Bréfritari: Soffía Daníelsdóttir
Viðtakandi: Jakobína Magnúsdóttir og Daníel Halldórsson
Dagsetning: A-1900-XX-XX
Skrifað á: Skeggjastöðum  N-Múl.
Soffía var dóttir Jakobínu og Daníels

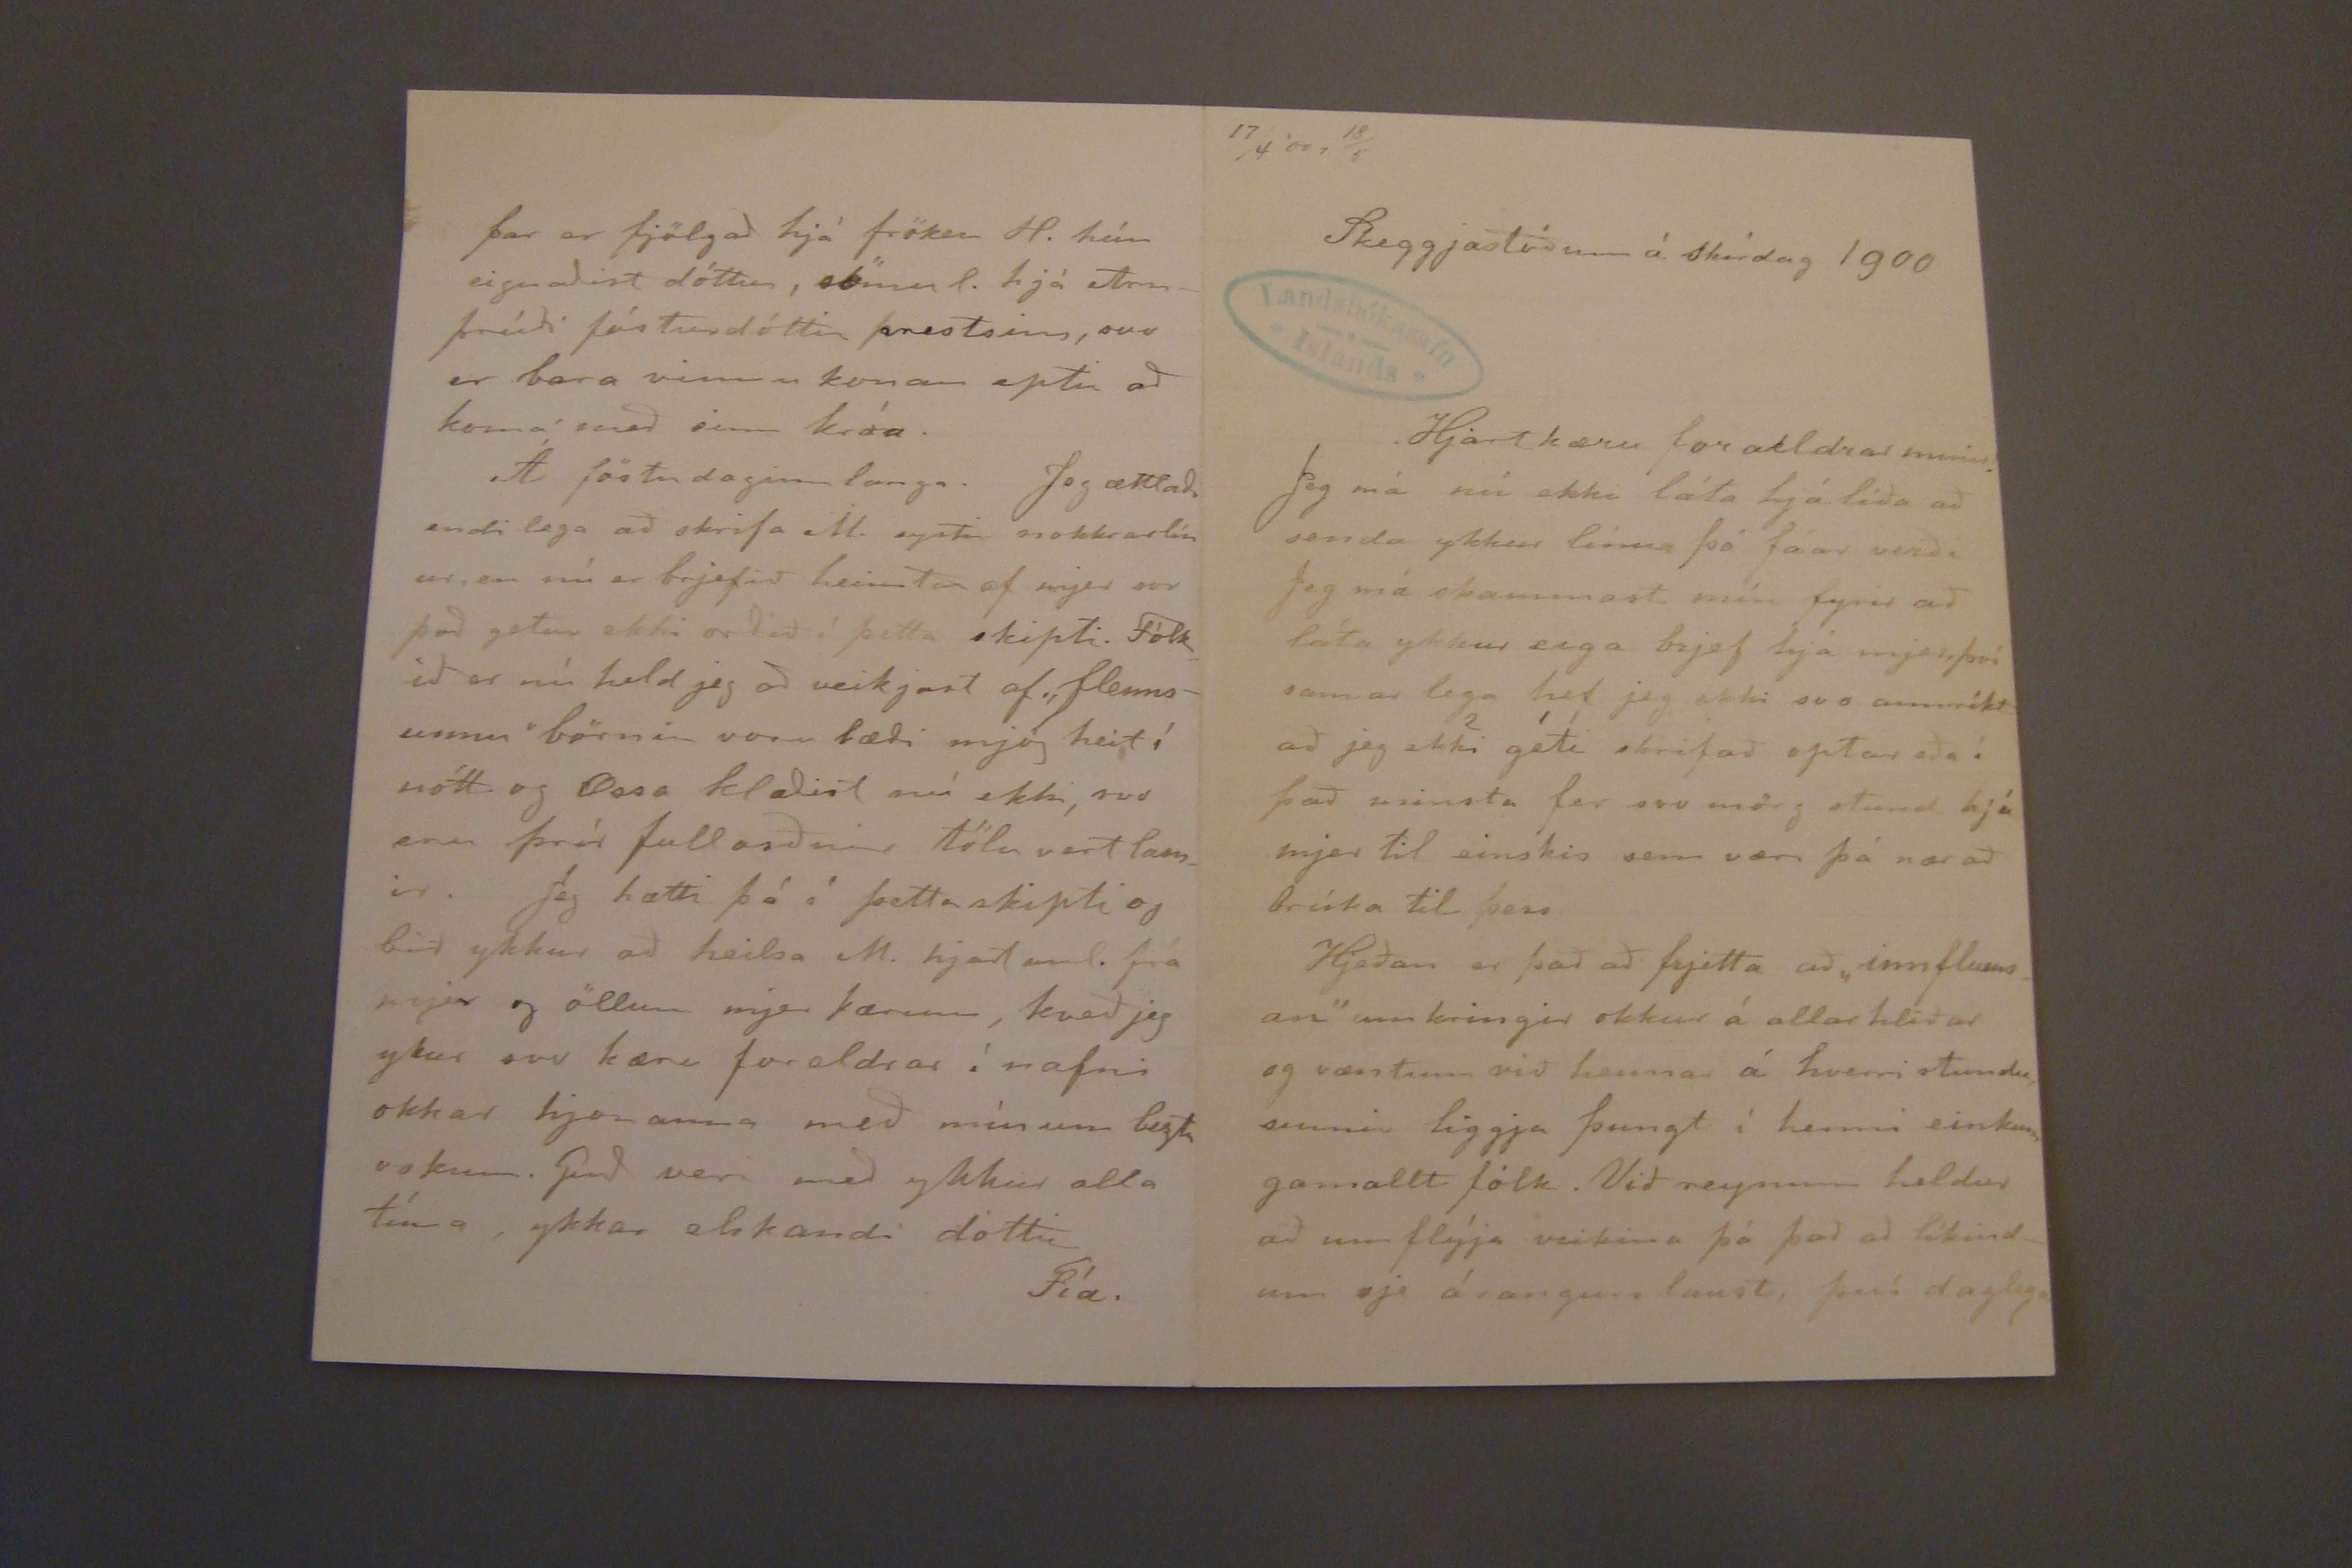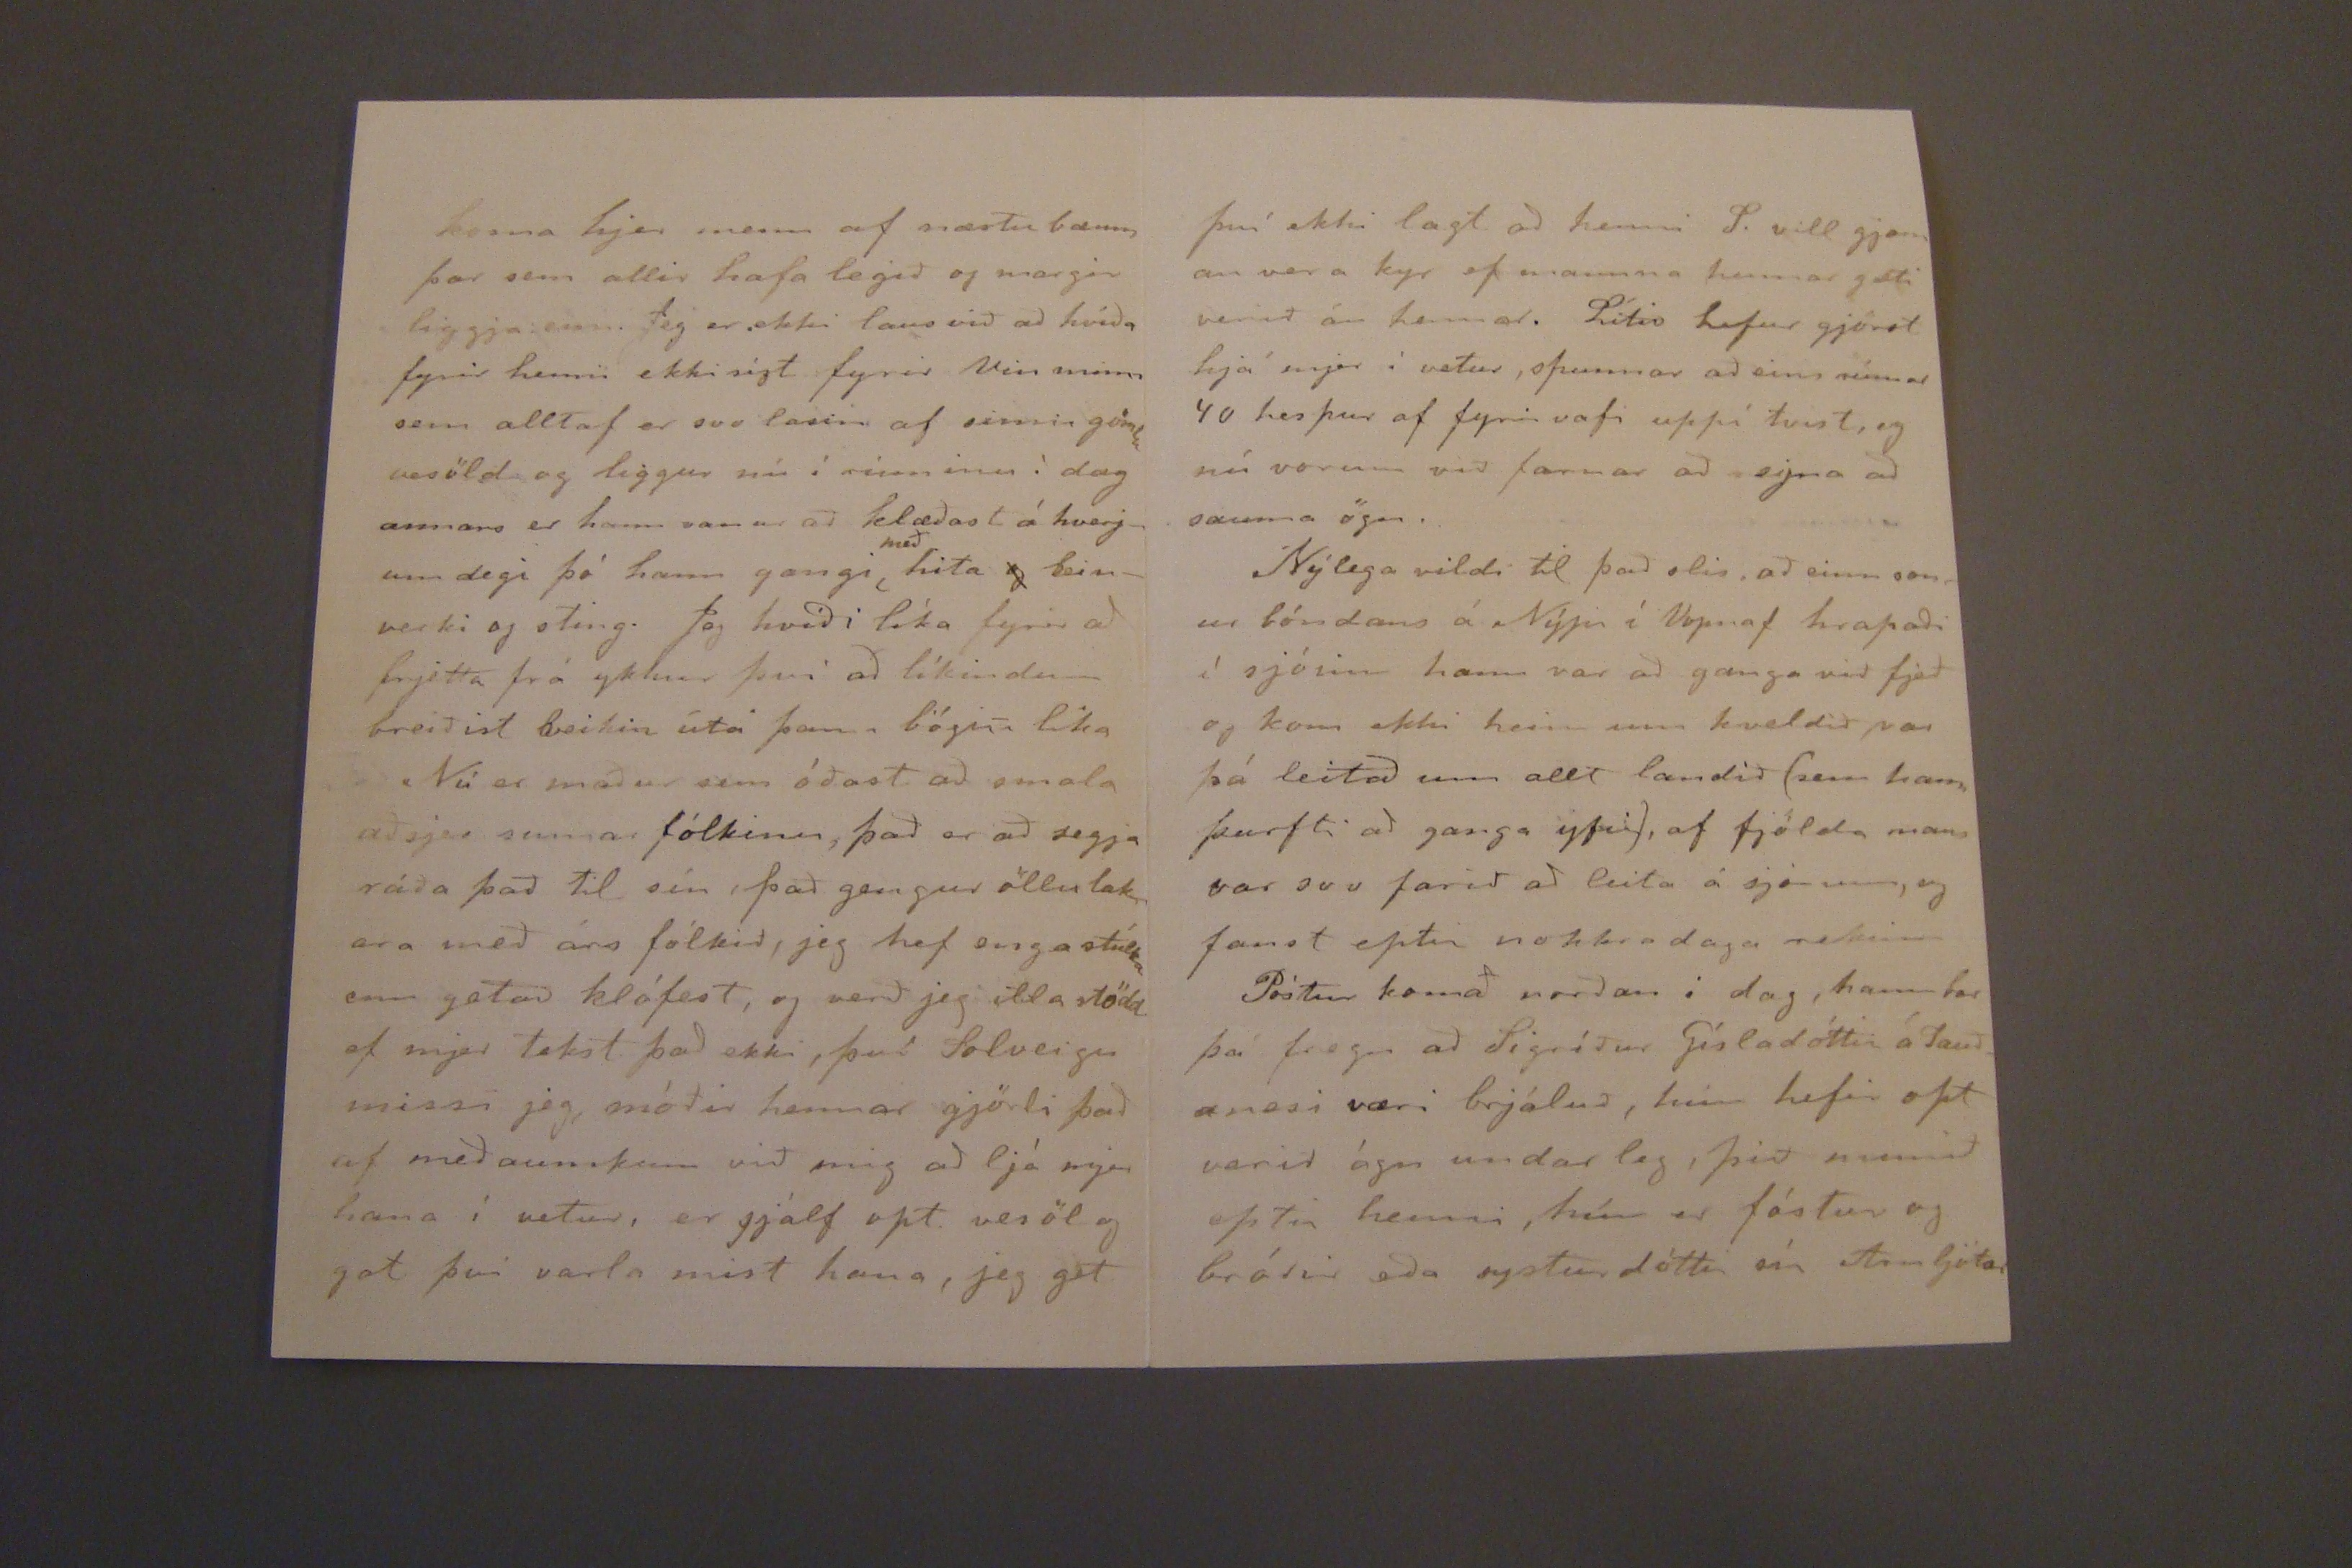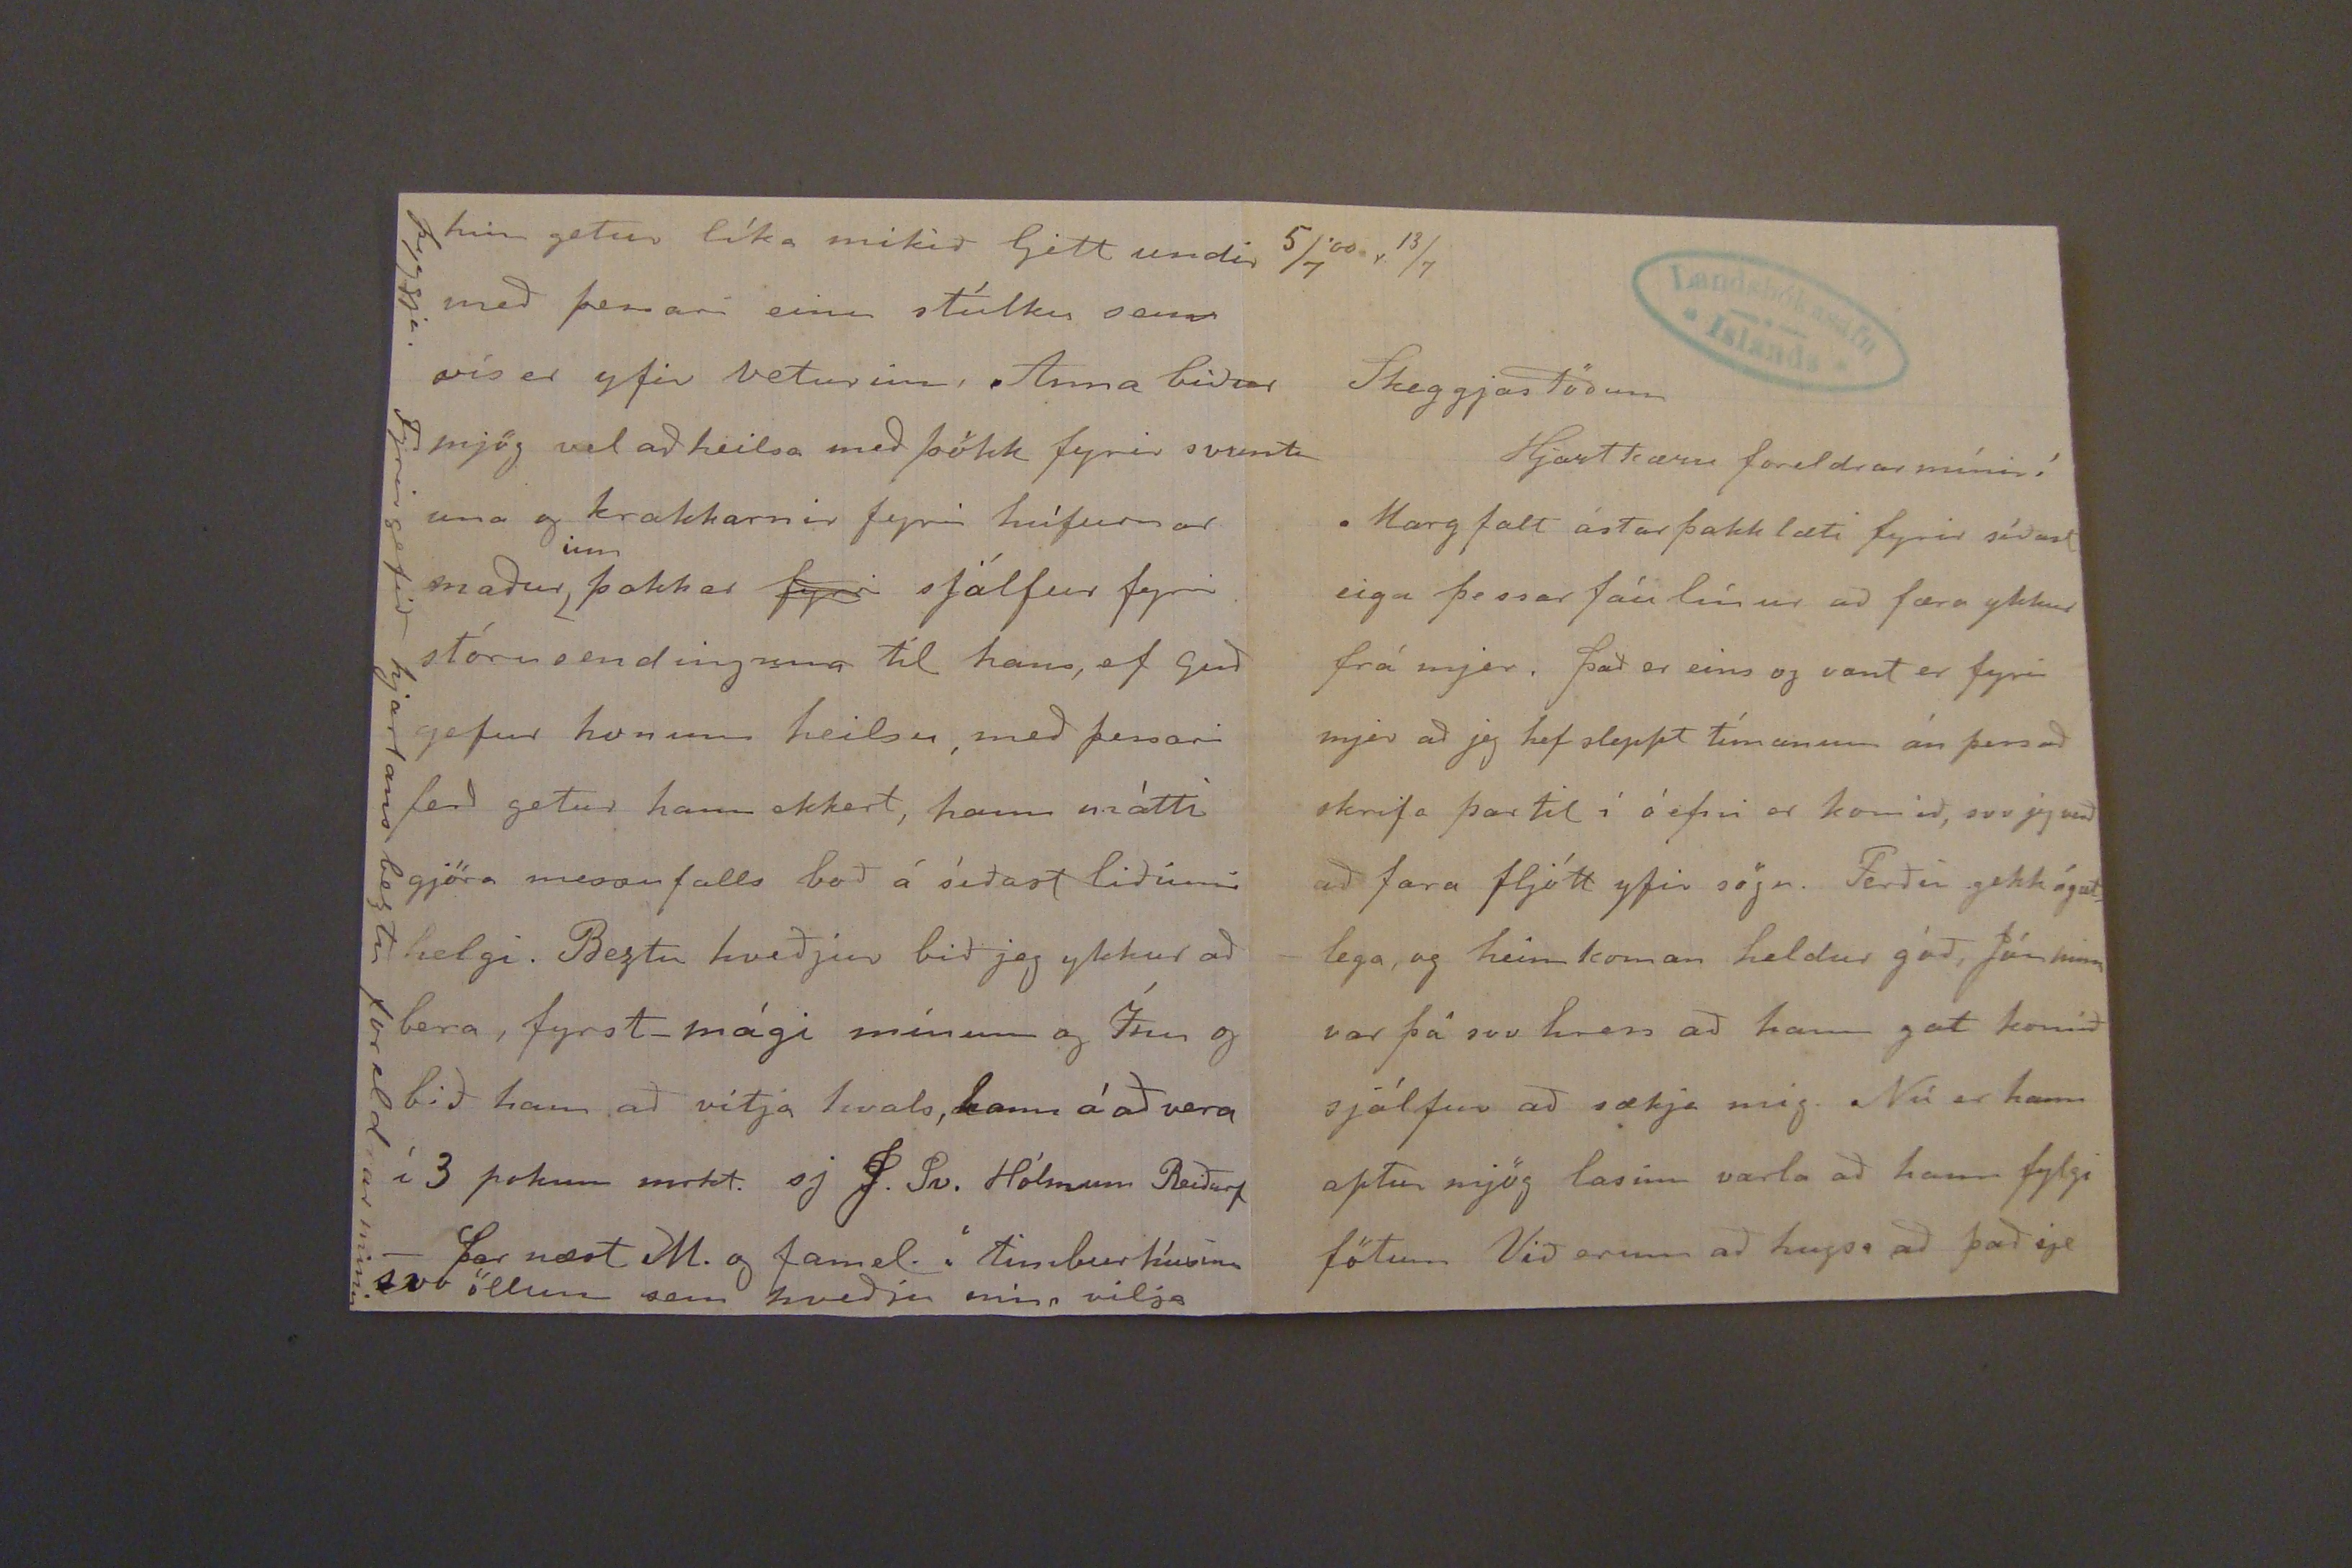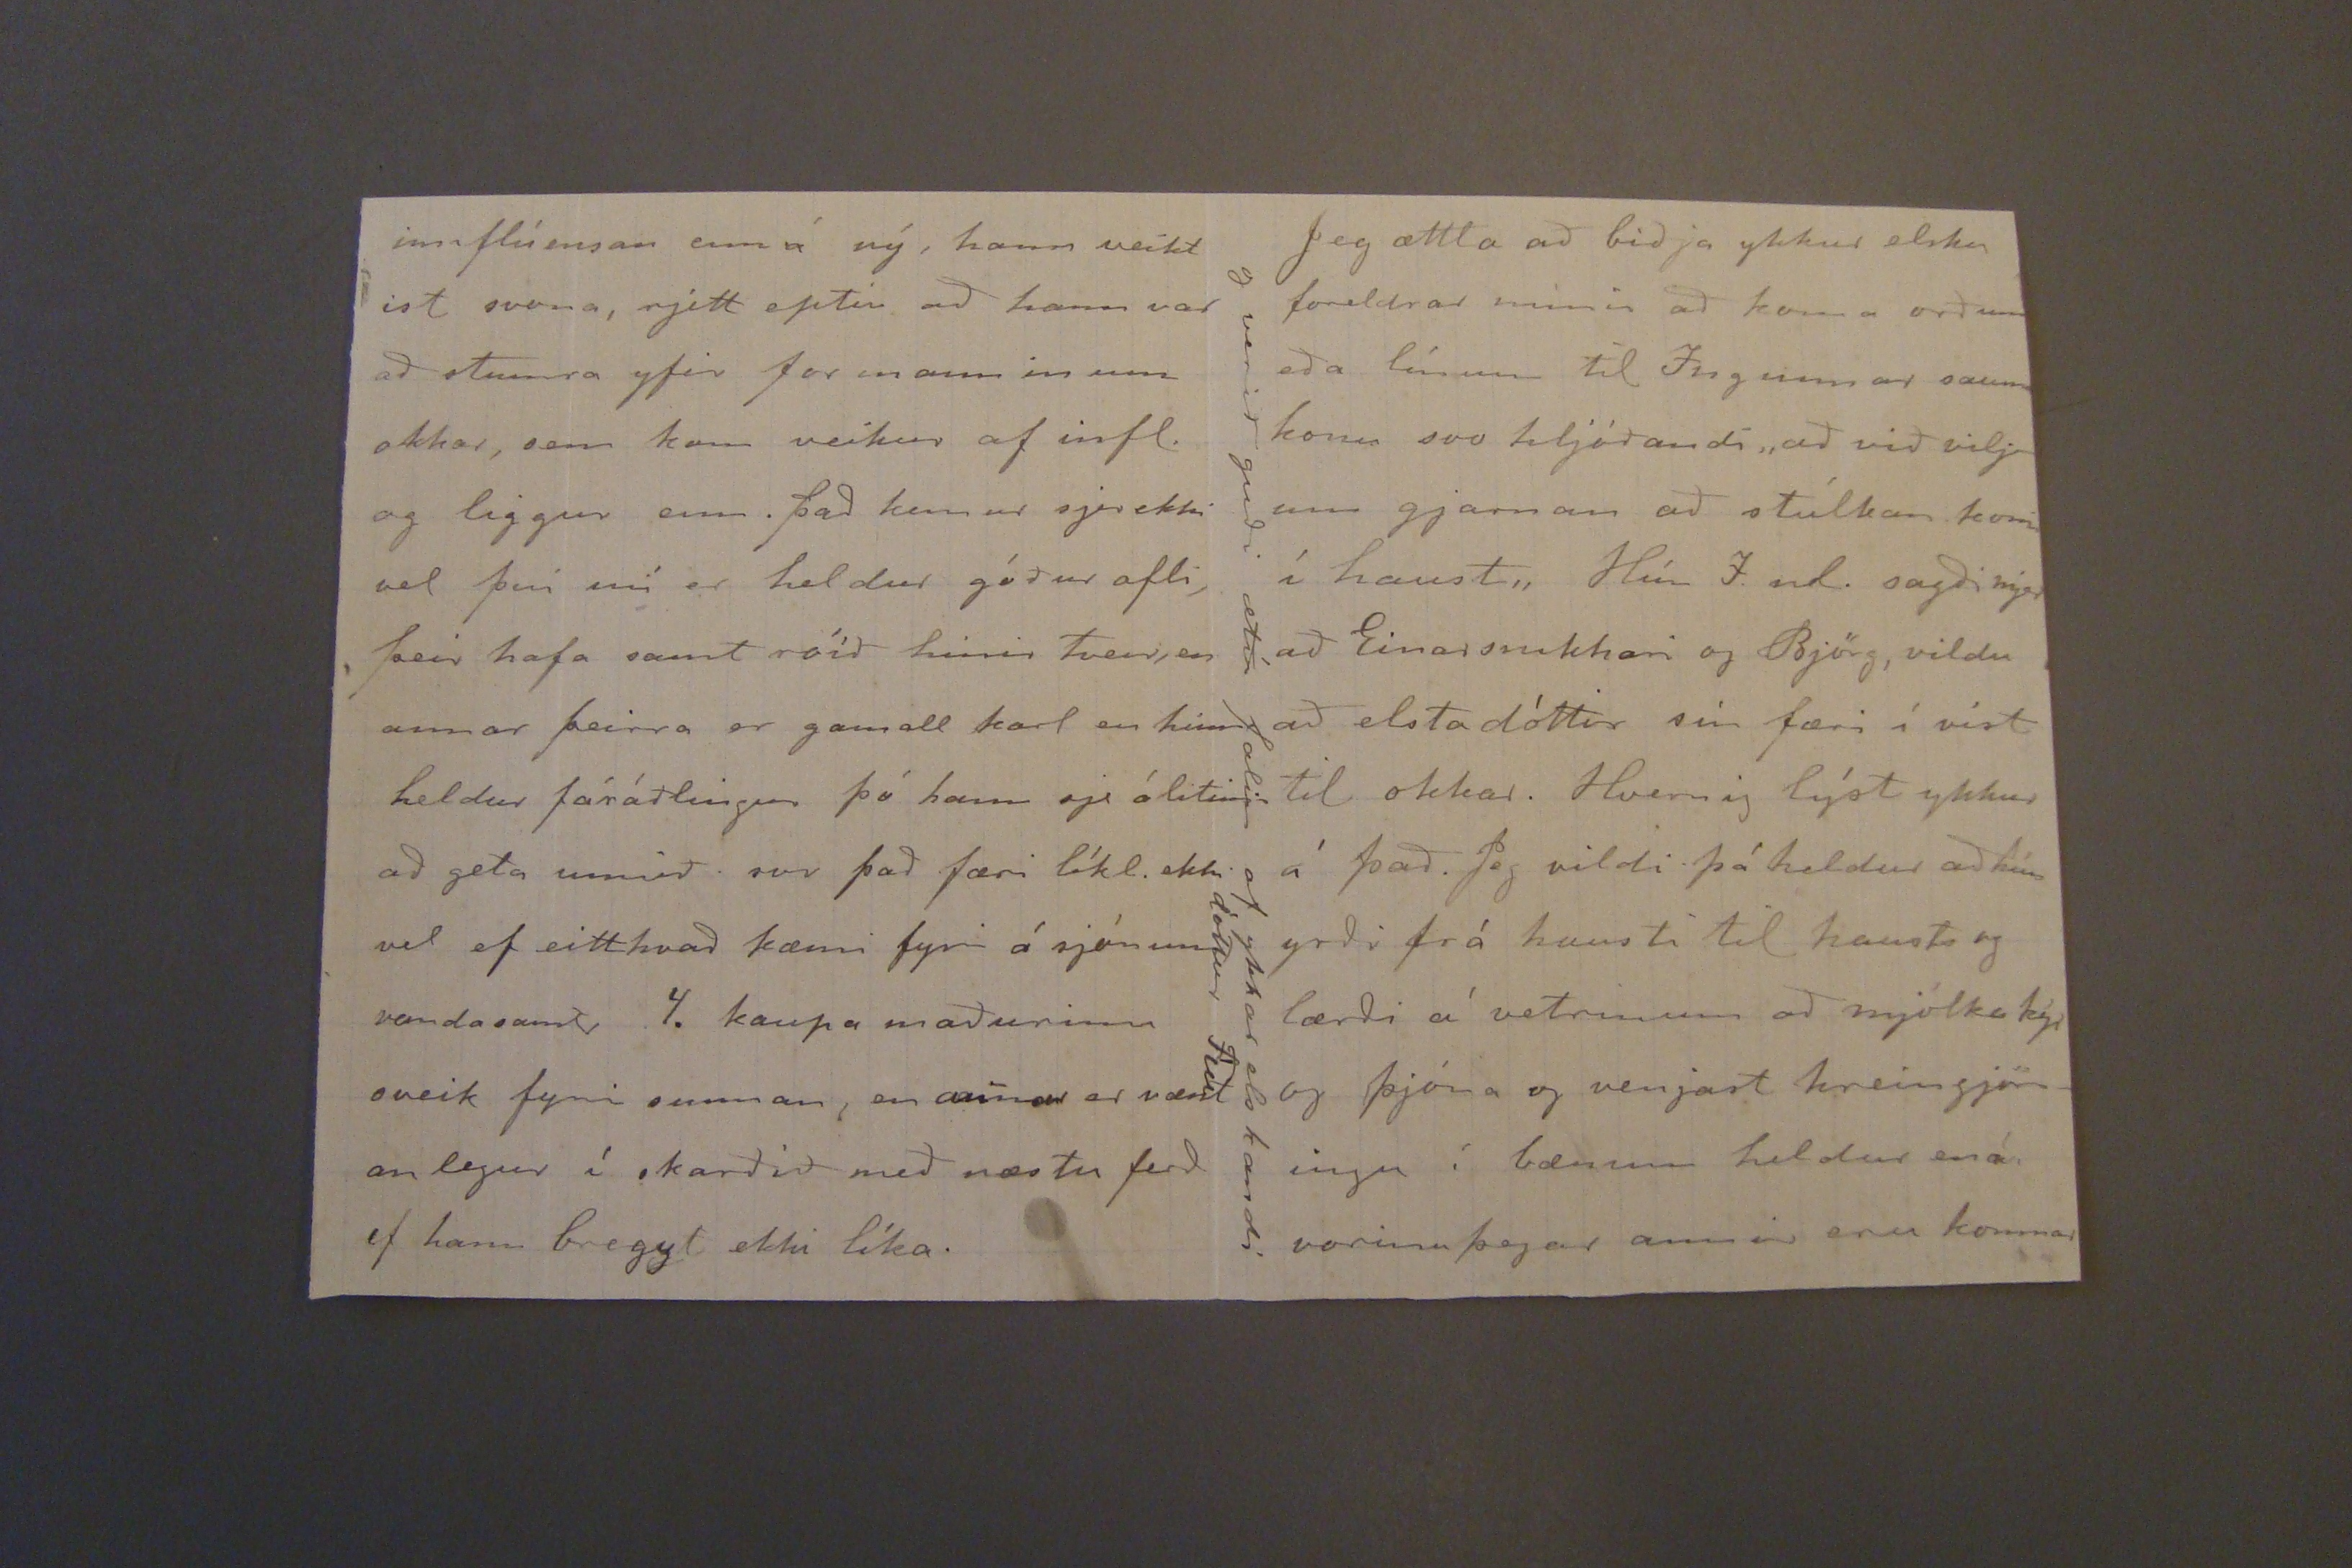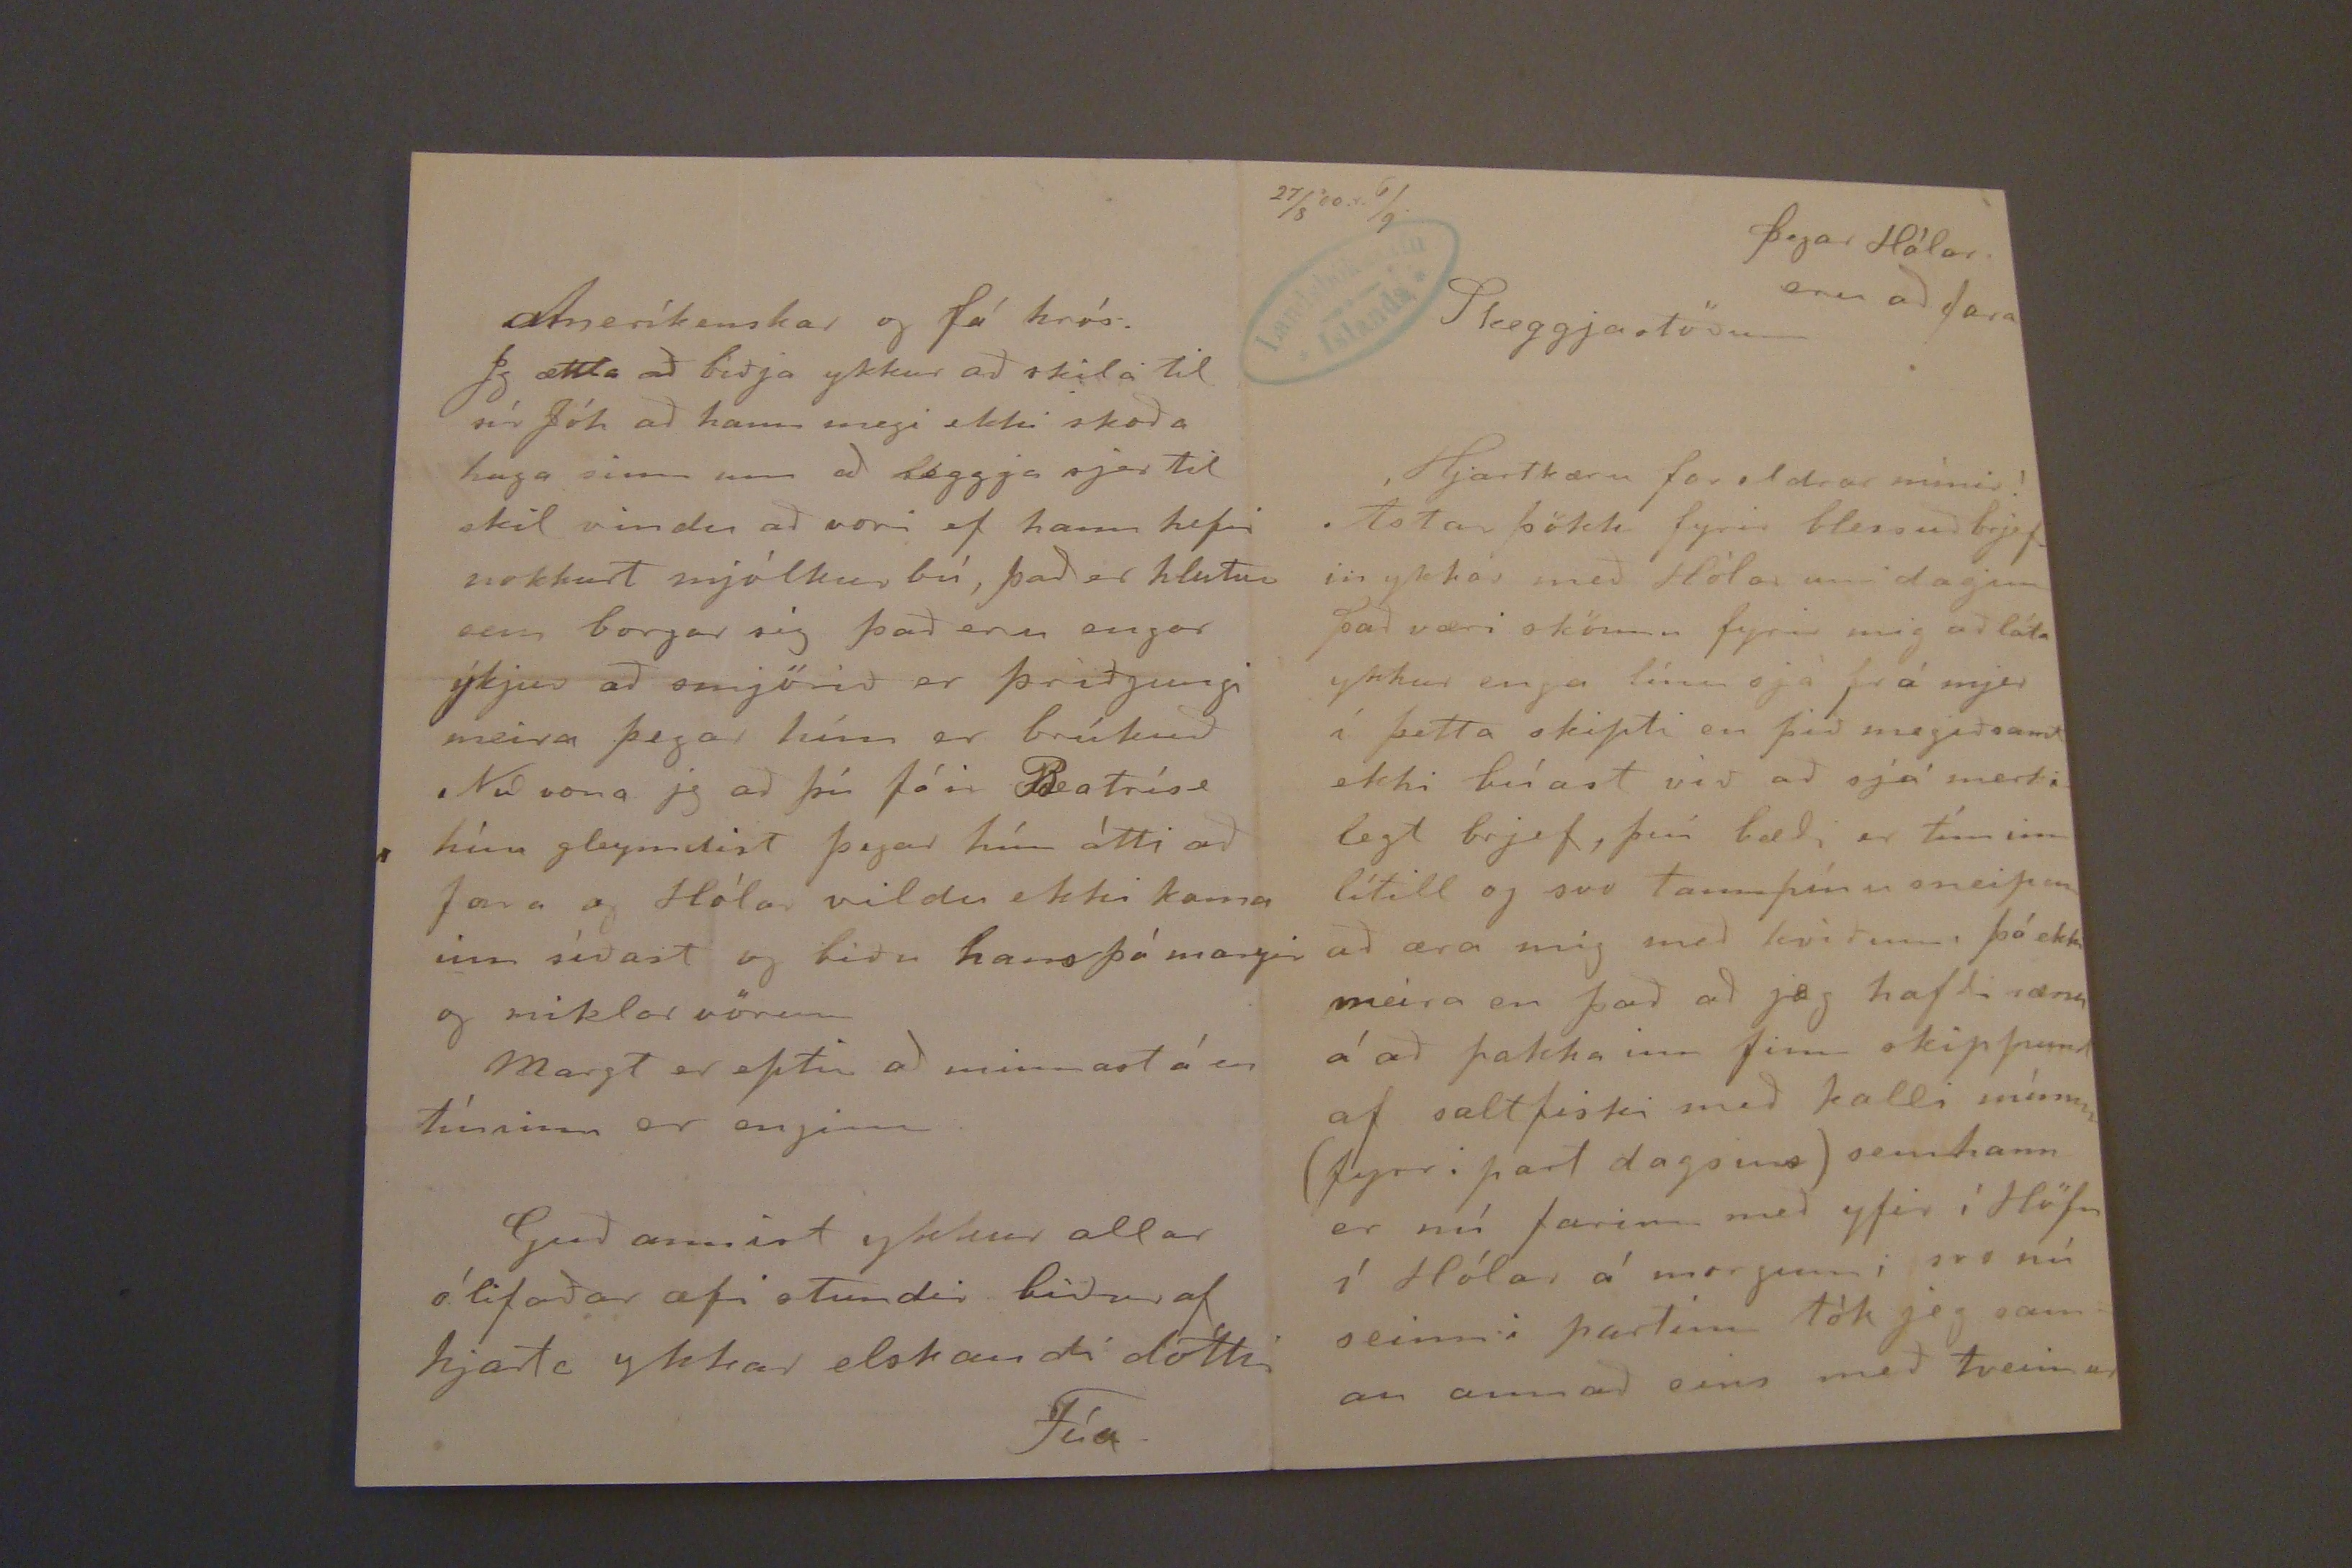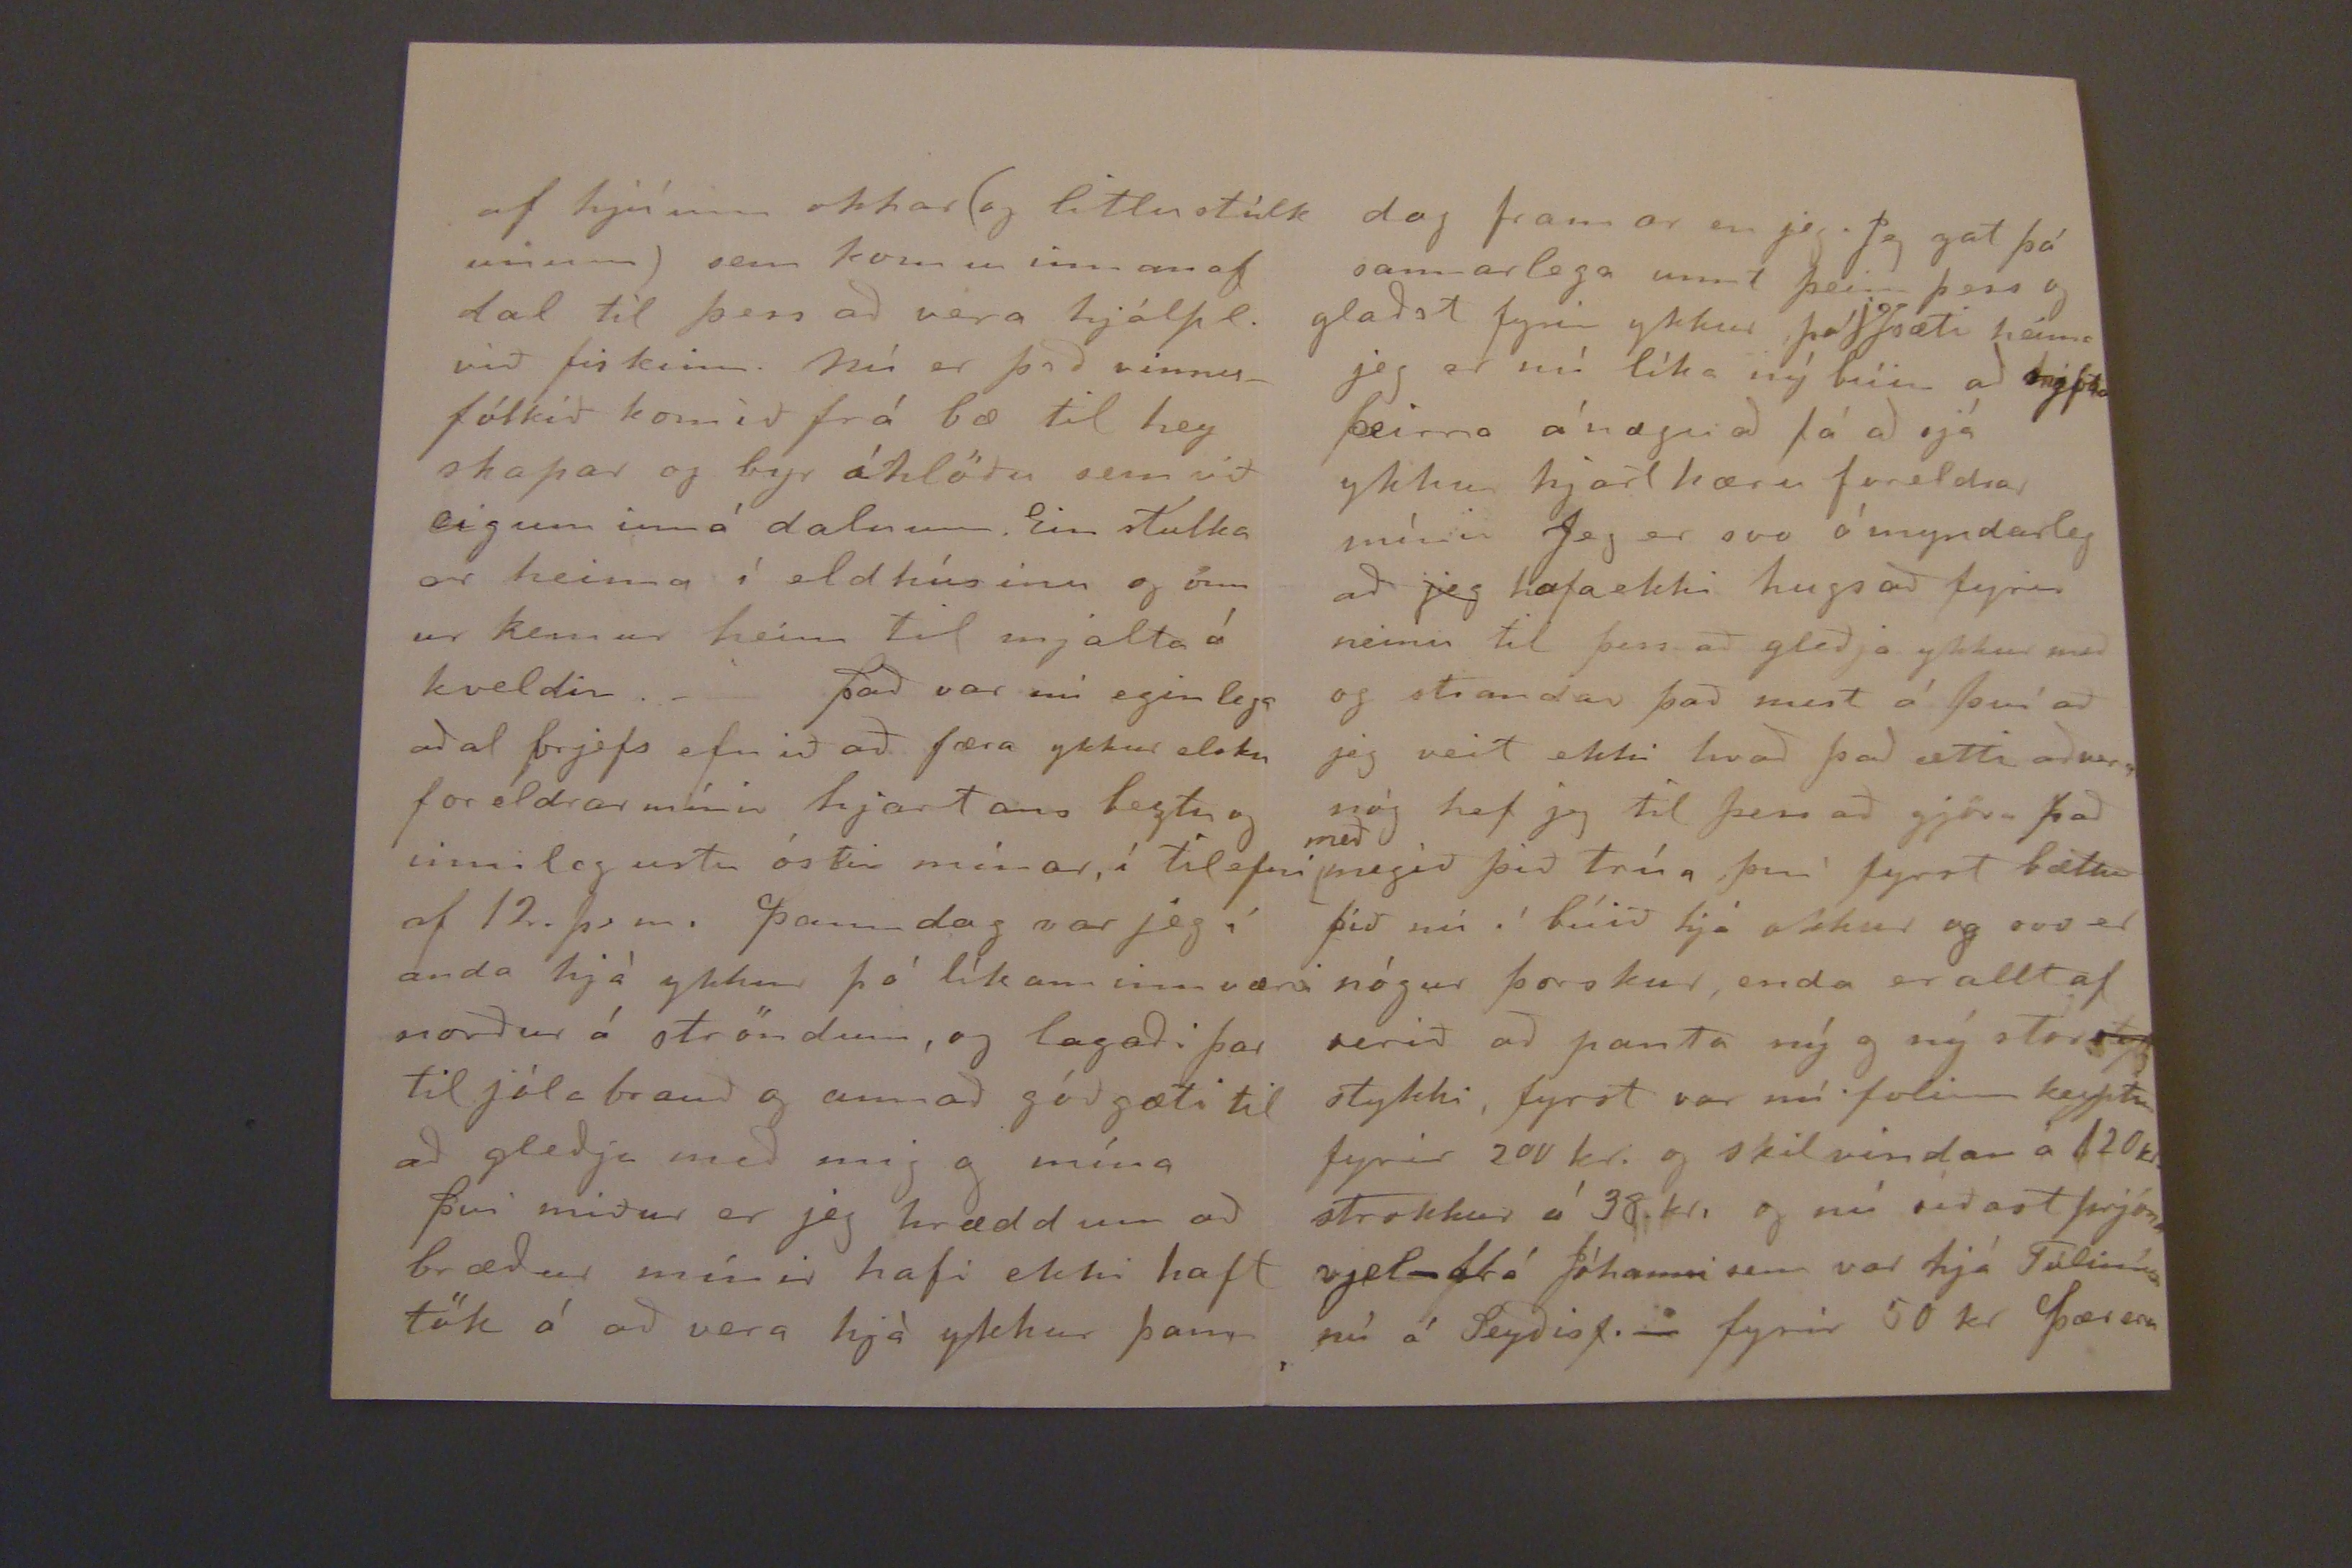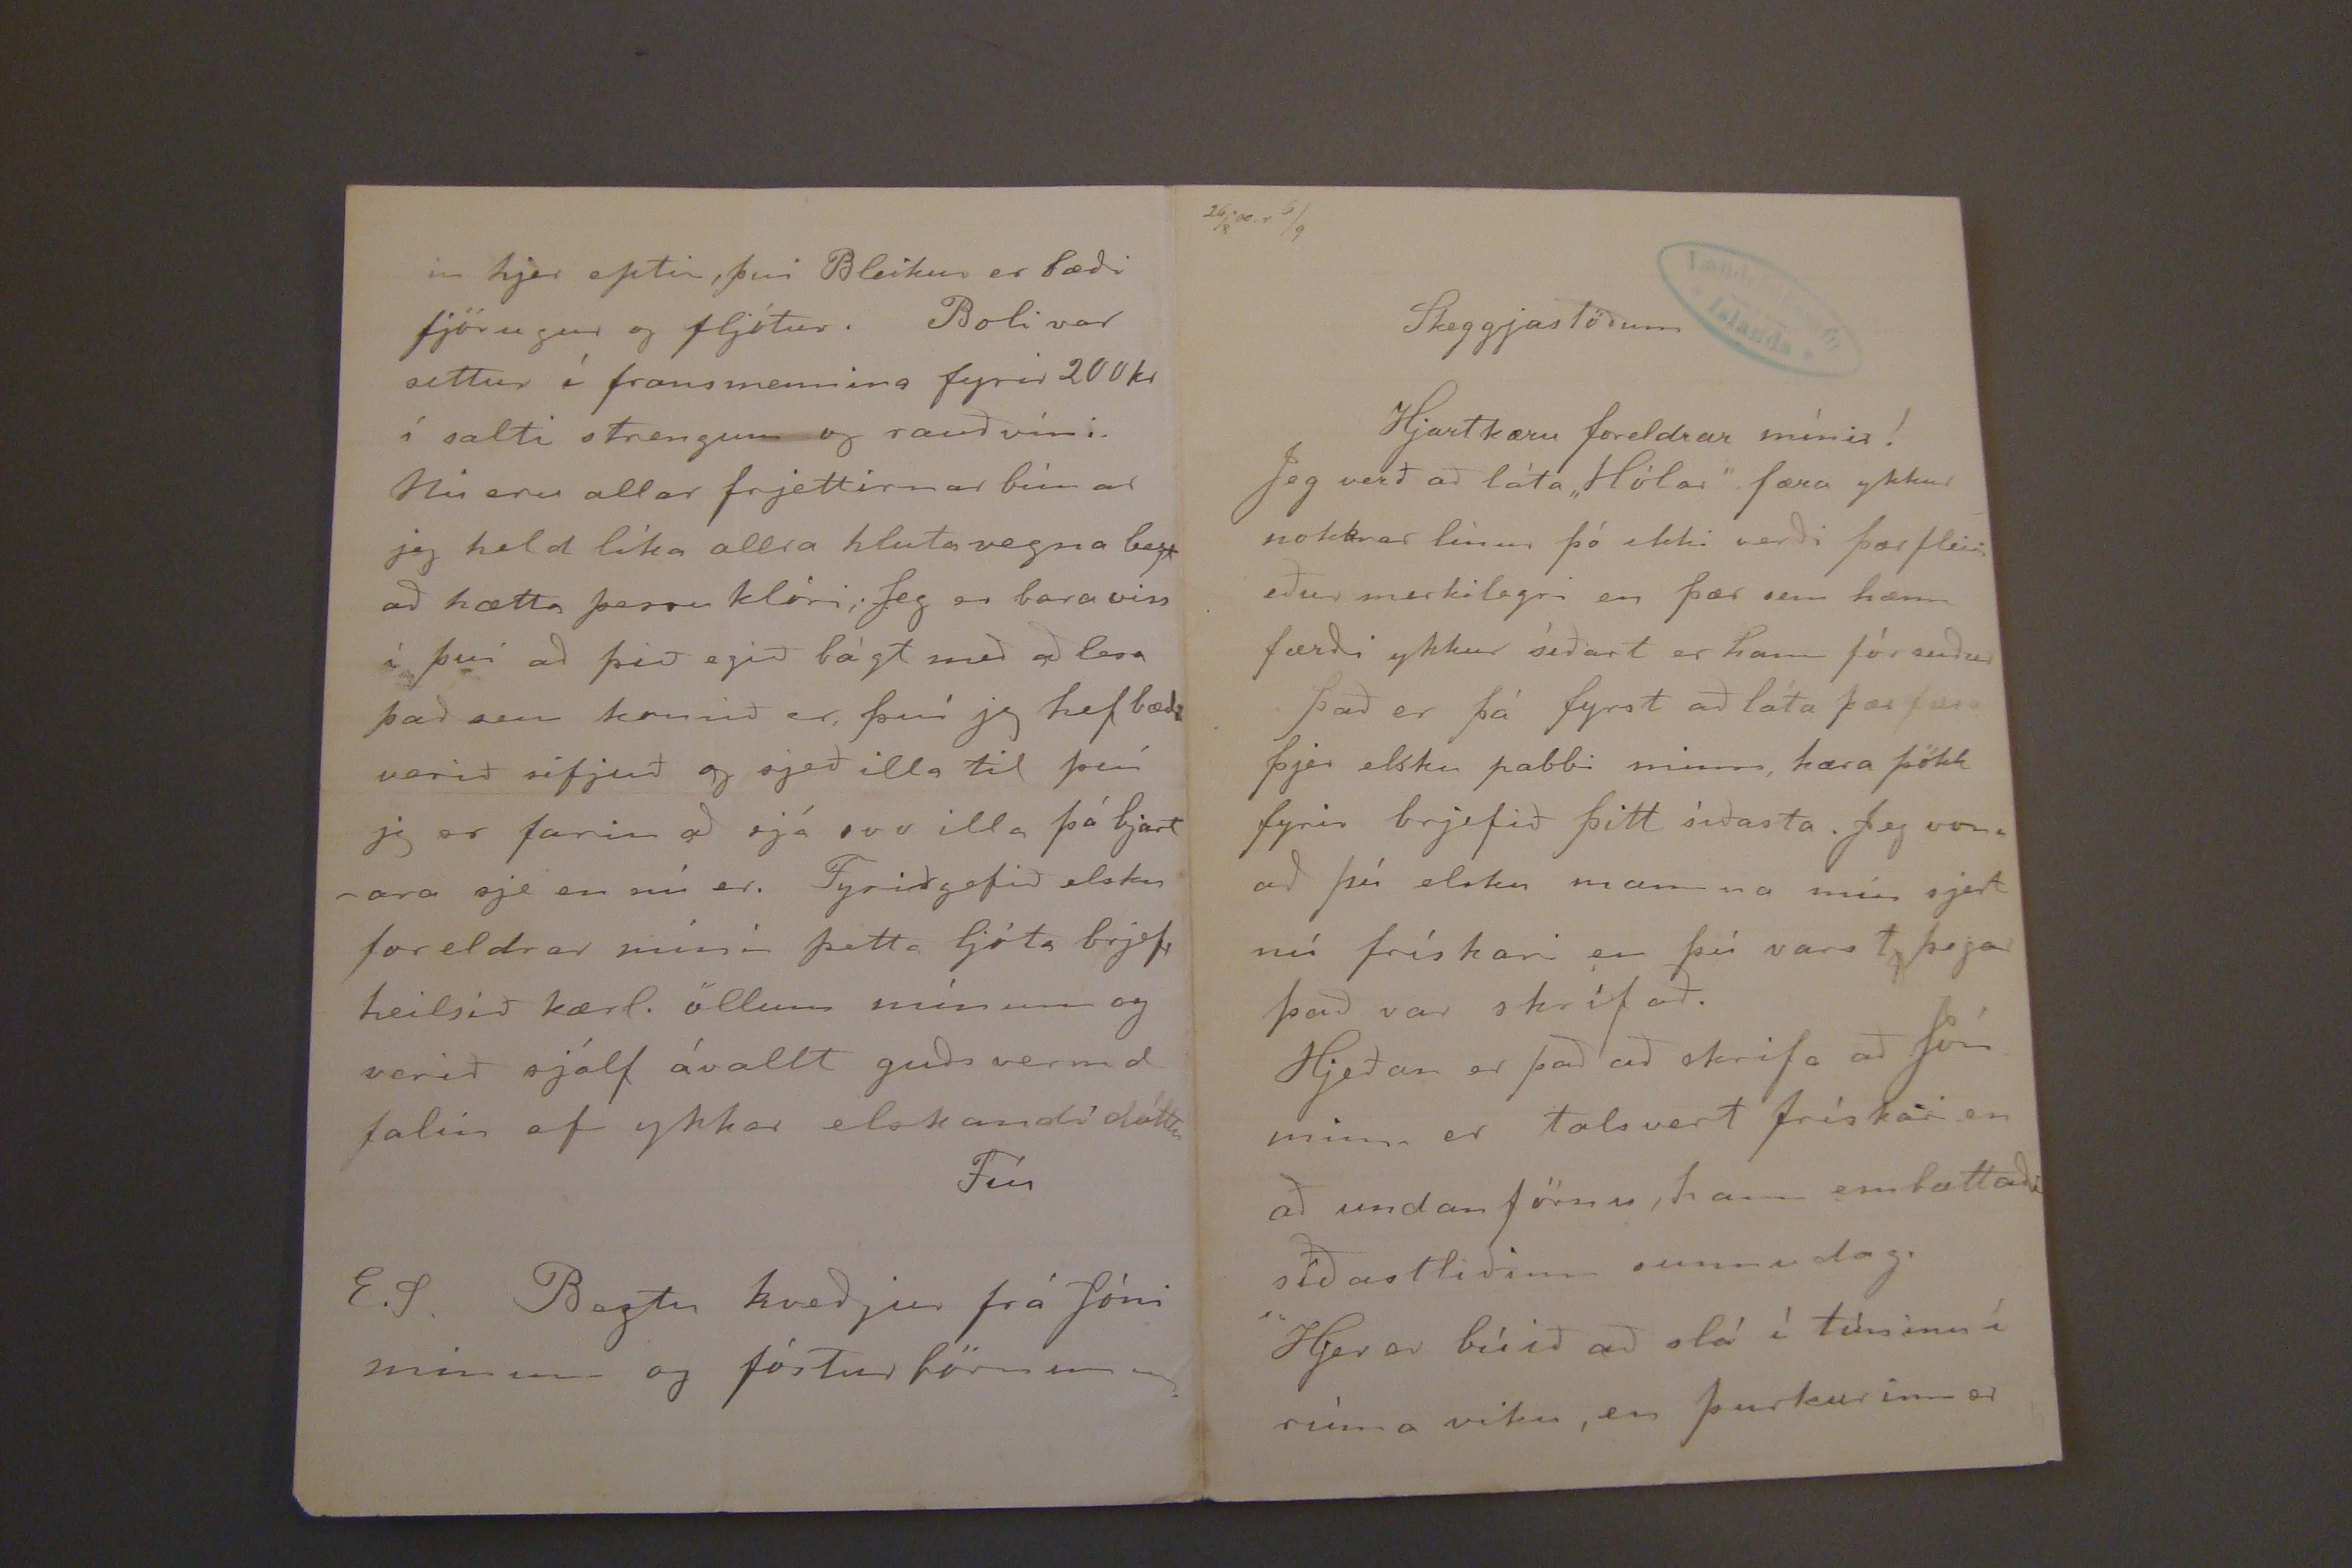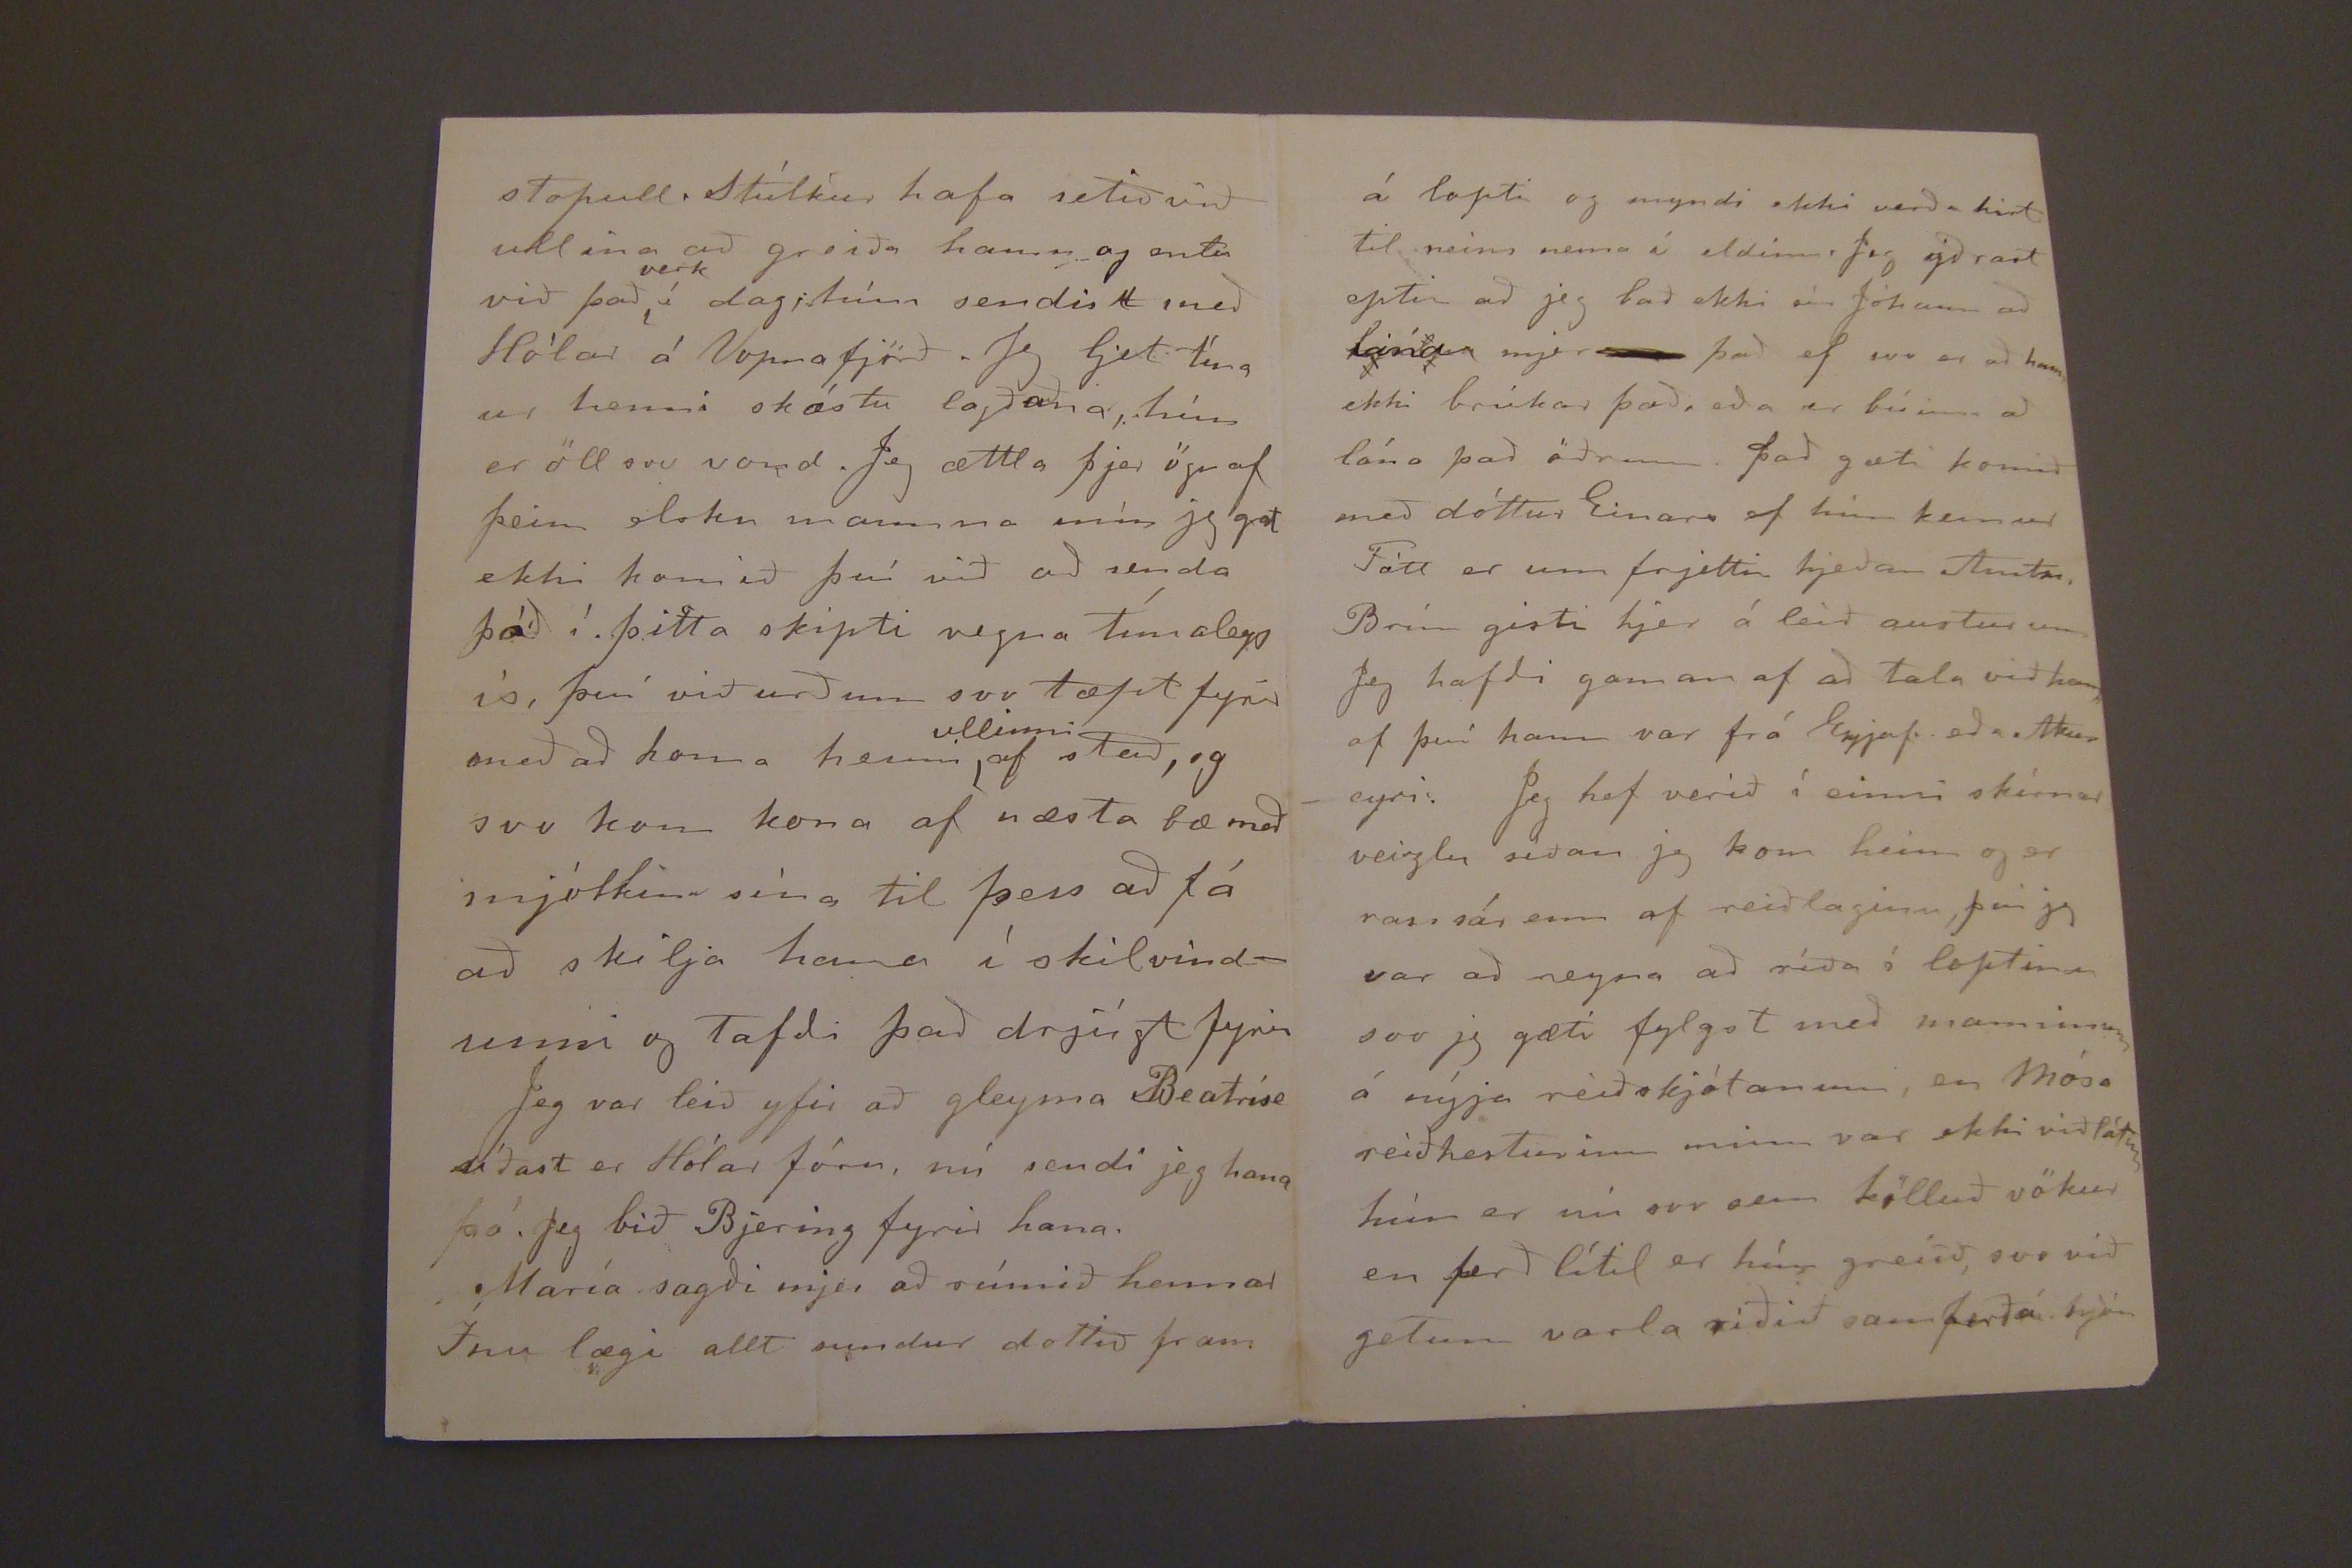

17/4 '00 1 18/5
Skeggjastöðum á skírdag 1900
Hjartkæru foreldrar minir!
Jeg má nú ekki láta hjá líða að senda ykkur línur þó fáar verði Jeg má skammast mín fyrir að láta ykkur eiga brjef há mjer, því sannar lega hef jeg ekki svo annríkt að eg ekki
2 1
geti skrifað optar eða í það minsta fer svo mörg stund hjá mjer til einskis sem væri þá nær að brúka til þess
Hjeðan er það að frjetta að "innfluttnan" umkringir okkur á allar hliðar og væntum við hennar á hverri stundu, sumir liggja þungt í henni einkum gamallt fólk. Við reynum heldur að um flýja veikina þó það að líkindum sje árangurs laust, því daglega
koma hjer menn af næstu bæum þar sem allir hafa legið og margir liggja enn. Jeg er ekki laus við að hvíða fyrir henni ekki sizt fyrir Vin minn sem alltaf er svo lasin af sinni gömlu vesöld og liggur nú í rúminu í dag annars er hann vanur að klæðast á hverjum degi þó hann gangi
með
hita
og
beinverki og sting. Jeg hviði líka fyrir að frjetta frá ykkur því að líkindum breiðist veikin útá þessa bólgu líka
Nú er maður sem óðast að smala aðsjer sumar fólkinu, það er að segja ráða það til sín, það gengur öllu lakara með árs fólkið, jeg hef einga stúlku enn getað klófest, og verð jeg illa stödd ef mjer tekst það ekki, því Solveigu missi jeg, móðir hennar gjördi það af með aumkunn við mig að ljá mjer hana í vetur, er sjálf opt vesöl og gat því varla mist hana, jeg get
þar er fjölgað hjá fröken H. hún eignaðist dóttur, sömul. há Arnþrúði fósturdóttir prestsins, svo er bara vinnukonan eptir að koma með sinn króa.
Á föstudaginn langa. Jeg ættlaði endilega að skrifa M. systir nokkrarlínur, en nú er brjefið heimta af mjer svo það getur ekki orðið í þetta skipti. Fólk ið er nú held jeg að veikjast af "flennsunni" börnin voru bæði mjög heit í nótt og Æssa klæðist nú ekki, svo eru þrír fullorðnir töluvert lamir. Jeg hætti þá í þetta skipti og bið ykkur að heilsa M. hjartanl. frá mjer og öllum mjer kærum, kveð jeg ykur svo kæru foreldrara í nafni okkar hjonanna með mínum beztu oskum. Guð veri með ykkur alla tíma, ykkar elskandi dóttir
Fía.
því ekki lagt að henni S. vill gjarnan vera kyr ef mamma hennar gæti verið án hennar. Lítis hefur gjörst hjá mjer í vetur, spunnar að eins rúmar 40 hespur af fyrir vafi uppí tvist, og nú vorum við farnar að reyna að sauma ögn.
Nýlega vildi til það slis að einn sonur bóndans á Nýju í Vopnaf hrapaði í sjóinn hann var að ganga við fjeð og kom ekki heim um kveldið var þá leitað um allt landið (sem hann þurfti að ganga yfir), af fjölda mans var svo farið að leita á sjónum, og fanst eptir nokkra daga rekinn
Póstur komað norðan i dag, hann ber þá fregn að Sigríður Gísladóttir á Sauðanesi væri brjáluð, hún hefir opt verið ógn undar leg; þið munið eptir henni, hún er fóstur og bróðir eða systurdóttir sír Arnljótar